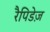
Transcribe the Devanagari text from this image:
रैपिडेज़